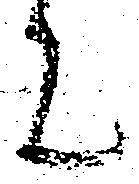
に